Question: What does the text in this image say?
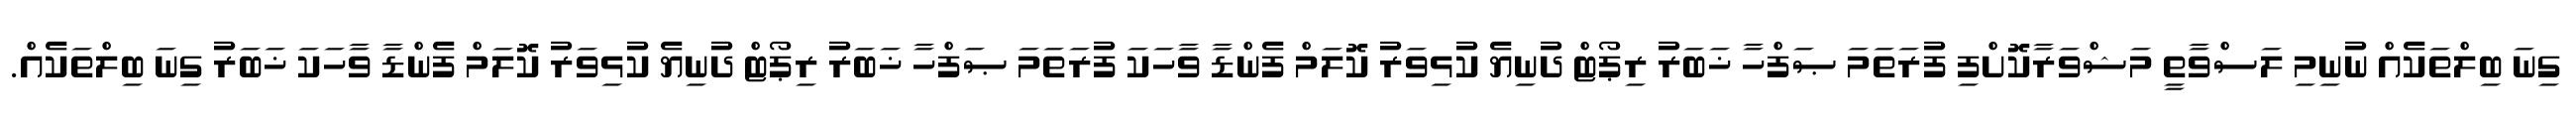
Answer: ގިނަ ބިލްތަކެއް ނުނިމި ލަސްވާތީ މަޝްވަރާކޮށްފި ފުރަތަމަ ޞަފްހާ ޚަބަރު ރިޕޯޓް ދުނިޔެ ކުޅިވަރު ކޮލަމް ފެންޑާ ވާހަކަ ފުރަތަމަ ޞަފްހާ ޚަބަރު ރިޕޯޓް ދުނިޔެ ކުޅިވަރު ކޮލަމް ފެންޑާ ވާހަކަ ޚަބަރު ގިނަ ބިލްތަކެއް.